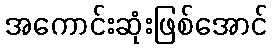
အကောင်းဆုံးဖြစ်အောင်